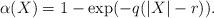
LaTeX: \begin{align*}\alpha (X)= 1- \exp({-q(|X|-r)}).\end{align*}